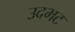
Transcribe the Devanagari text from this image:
उदभट